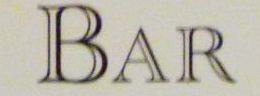
BAR